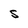
Character: s